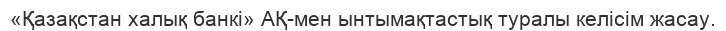
«Қазақстан халық банкі» АҚ-мен ынтымақтастық туралы келісім жасау.